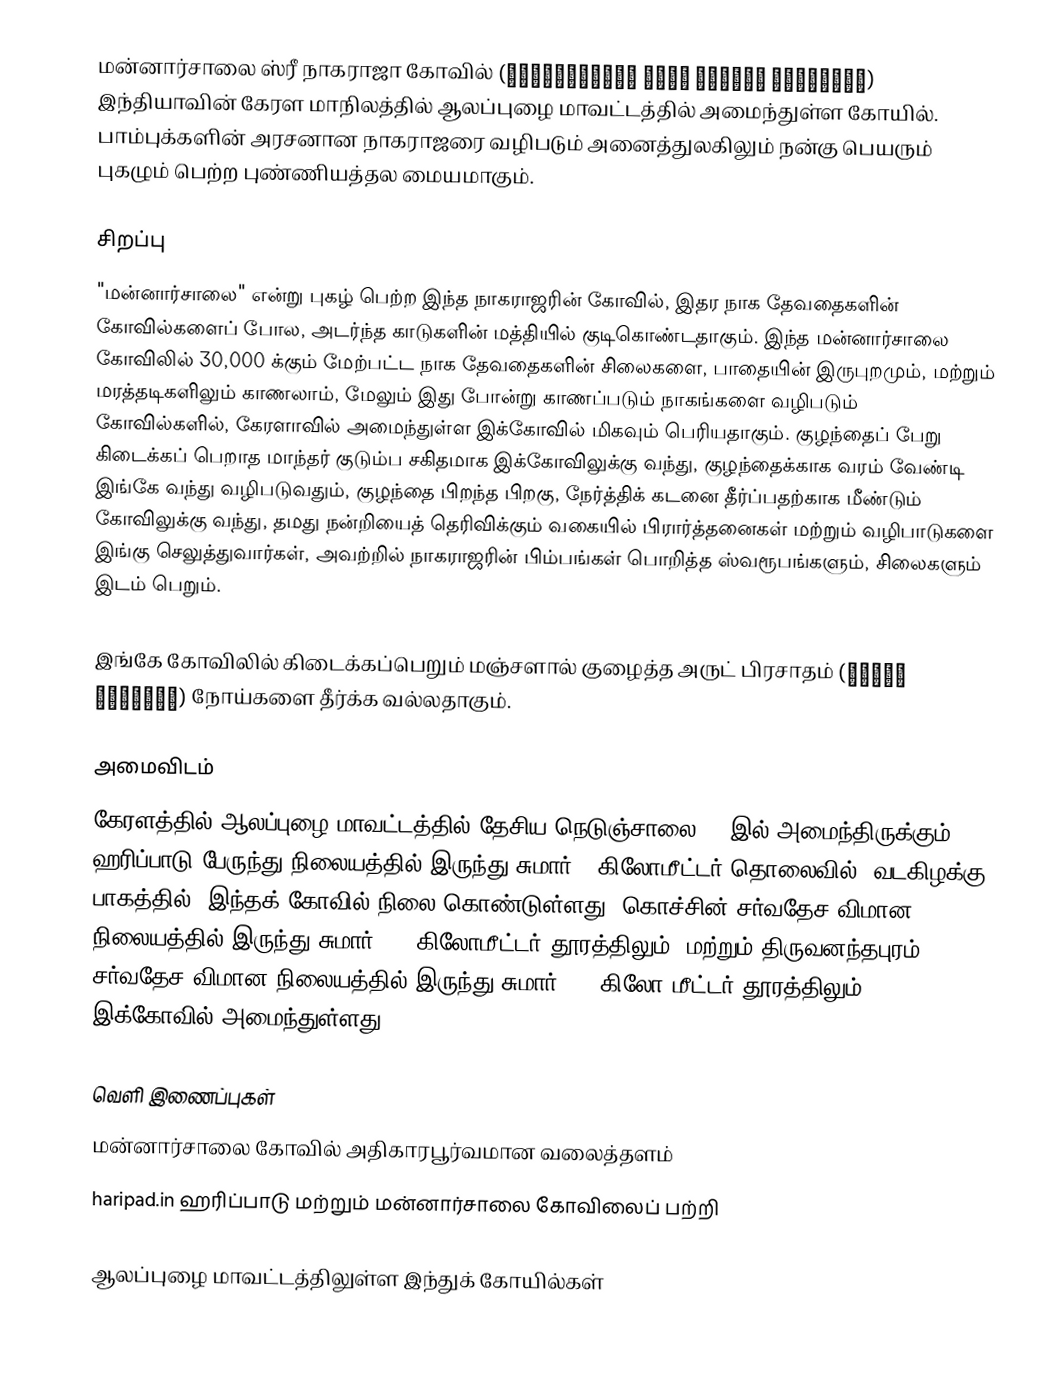
மன்னார்சாலை ஸ்ரீ நாகராஜா கோவில் (മണ്ണാറശ്ശാല ശ്രീ നാഗരാജ ക്ഷേത്രം) இந்தியாவின் கேரள மாநிலத்தில் ஆலப்புழை மாவட்டத்தில் அமைந்துள்ள கோயில். பாம்புக்களின் அரசனான நாகராஜரை வழிபடும் அனைத்துலகிலும் நன்கு பெயரும் புகழும் பெற்ற புண்ணியத்தல மையமாகும்.

சிறப்பு
"மன்னார்சாலை" என்று புகழ் பெற்ற இந்த நாகராஜரின் கோவில், இதர நாக தேவதைகளின் கோவில்களைப் போல, அடர்ந்த காடுகளின் மத்தியில் குடிகொண்டதாகும். இந்த மன்னார்சாலை கோவிலில் 30,000 க்கும் மேற்பட்ட நாக தேவதைகளின் சிலைகளை, பாதையின் இருபுறமும், மற்றும் மரத்தடிகளிலும் காணலாம், மேலும் இது போன்று காணப்படும் நாகங்களை வழிபடும் கோவில்களில், கேரளாவில் அமைந்துள்ள இக்கோவில் மிகவும் பெரியதாகும். குழந்தைப் பேறு கிடைக்கப் பெறாத மாந்தர் குடும்ப சகிதமாக இக்கோவிலுக்கு வந்து, குழந்தைக்காக வரம் வேண்டி இங்கே வந்து வழிபடுவதும், குழந்தை பிறந்த பிறகு, நேர்த்திக் கடனை தீர்ப்பதற்காக மீண்டும் கோவிலுக்கு வந்து, தமது நன்றியைத் தெரிவிக்கும் வகையில் பிரார்த்தனைகள் மற்றும் வழிபாடுகளை இங்கு செலுத்துவார்கள், அவற்றில் நாகராஜரின் பிம்பங்கள் பொறித்த ஸ்வரூபங்களும், சிலைகளும் இடம் பெறும்.

இங்கே கோவிலில் கிடைக்கப்பெறும் மஞ்சளால் குழைத்த அருட் பிரசாதம் (മഞ്ഞൾ കുഴമ്പ്) நோய்களை தீர்க்க வல்லதாகும்.

அமைவிடம்
கேரளத்தில் ஆலப்புழை மாவட்டத்தில் தேசிய நெடுஞ்சாலை 47 இல் அமைந்திருக்கும் ஹரிப்பாடு பேருந்து நிலையத்தில் இருந்து சுமார் 3 கிலோமீட்டர் தொலைவில், வடகிழக்கு பாகத்தில், இந்தக் கோவில் நிலை கொண்டுள்ளது. கொச்சின் சர்வதேச விமான நிலையத்தில் இருந்து சுமார் 115 கிலோமீட்டர் தூரத்திலும், மற்றும் திருவனந்தபுரம் சர்வதேச விமான நிலையத்தில் இருந்து சுமார் 125 கிலோ மீட்டர் தூரத்திலும், இக்கோவில் அமைந்துள்ளது.

வெளி இணைப்புகள்
 மன்னார்சாலை கோவில் அதிகாரபூர்வமான வலைத்தளம்
 haripad.in ஹரிப்பாடு மற்றும் மன்னார்சாலை கோவிலைப் பற்றி

ஆலப்புழை மாவட்டத்திலுள்ள இந்துக் கோயில்கள்